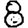
Digit: 8